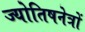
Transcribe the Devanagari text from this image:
ज्योतिषनेत्रों